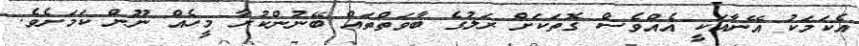
އެކަމަކު އޭނާއަކީ އެއްވެސް ގޮތަކަށް ރަލުގެ ބާވަތްތައް ބޭނުންކުރާ މީހެއް ނޫން ކަމަށެވެ.